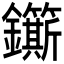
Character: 𮣬